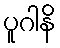
ပူဂါနိ